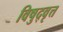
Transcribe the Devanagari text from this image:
विषुद्वृत्त